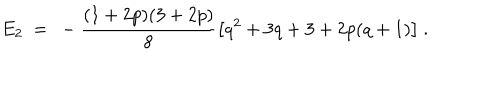
LaTeX: E _ { 2 } \ = \ - \frac { ( 1 + 2 p ) ( 3 + 2 p ) } { 8 } \big [ q ^ { 2 } + 3 q + 3 + 2 p ( q + 1 ) \big ] \ .